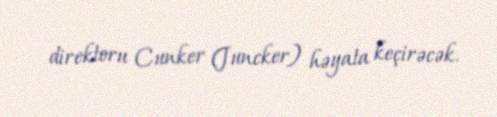
direktoru Cunker (Juncker) həyata keçirəcək.